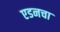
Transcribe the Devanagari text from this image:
एडनचा